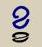
ខ្ខ